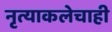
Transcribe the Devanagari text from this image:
नृत्याकलेचाही